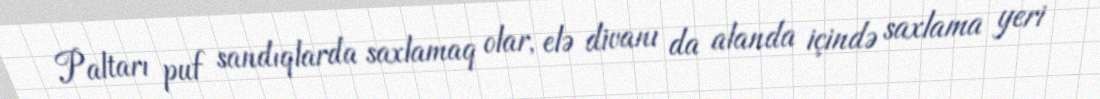
Paltarı puf sandıqlarda saxlamaq olar, elə divanı da alanda içində saxlama yeri